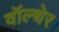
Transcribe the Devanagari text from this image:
वॉल्थेर